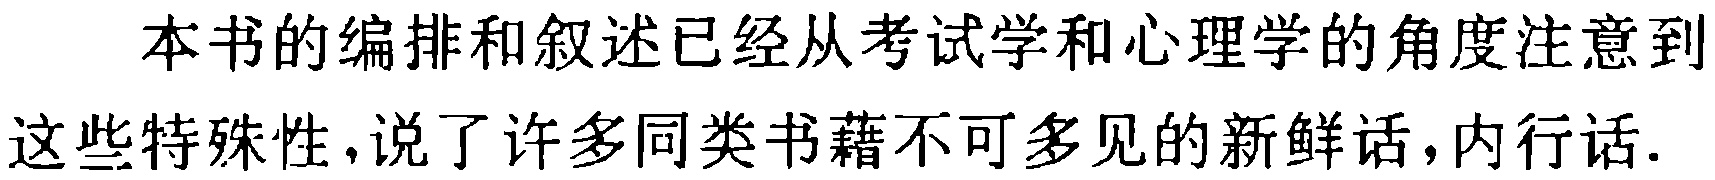
本书的编排和叙述已经从考试学和心理学的角度注意到这些特殊性,说了许多同类书籍藉不可多见的新鲜话,内行话.